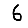
Digit: 6